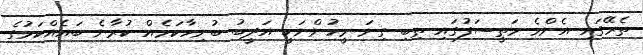
ތެރޭގައި އެންމެ މަތީސަފުގައި ތިބި ގިނަ މީހުންނަކީ އަދީބު ބުނިހާކަމެއް ކުރާނެ ބައެއްކަމުގެ